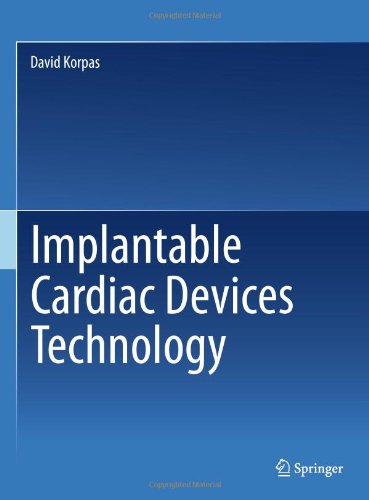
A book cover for Implantable Cardiac Devices Technology; David Korpas; Medical Books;